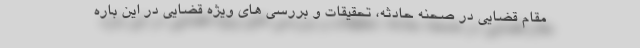
مقام قضایی در صحنه حادثه، تحقیقات و بررسی های ویژه قضایی در این باره